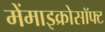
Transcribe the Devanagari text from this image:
मेंमाइक्रोसॉफ्ट